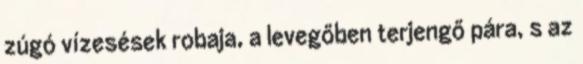
zúgó vízesések robaja, a levegőben terjengő pára, s az